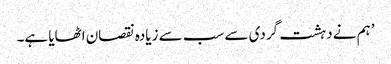
’ہم نے دہشت گردی سے سب سے زیادہ نقصان اٹھایا ہے۔